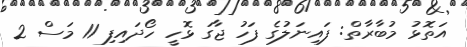
އަތޮޅު މުބާރާތް: ފައިނަލުގެ ފަހު ޖާގަ ޅޮހީ ހޯދައިފި 11 މަސް 2